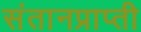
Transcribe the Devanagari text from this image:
संतानप्राप्ती